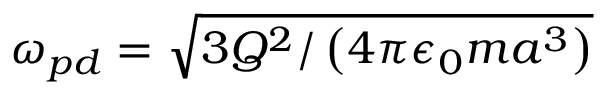
\omega _ { p d } = \sqrt { 3 Q ^ { 2 } / \left( 4 \pi \epsilon _ { 0 } m a ^ { 3 } \right) }